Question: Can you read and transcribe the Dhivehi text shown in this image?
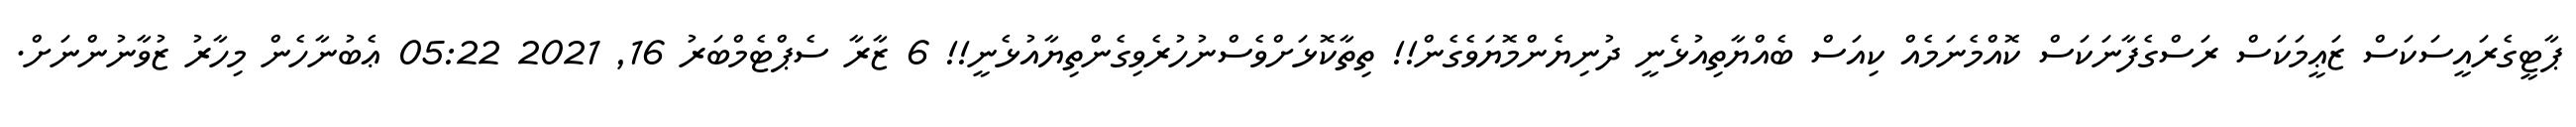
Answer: ޕާޓީގެރައީސަކަސް ޒަޢީމަކަސް ރަސްގެފާނަކަސް ކޮއްމެނަމެއް ކިއަސް ބެއްޔާތިއުޅެނީ ދުނިޔެންމޮޔަވެގެން!! ތިތާކޮޅަށްވެސްނުހުރެވިގެންތިޔާއުޅެނީ!! 6 ޒާރާ ސެޕްޓެމްބަރު 16, 2021 05:22 ޢެބުނާހެން މިހާރު ޒުވާނުންނަށް.